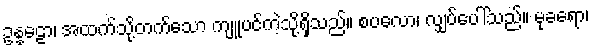
ဥန္နဠော၊ အထက်သို့တက်သော ကျူပင်ကဲ့သို့ရှိသည်။ စပလော၊ လျှပ်ပေါ်သည်။ မုခရော၊